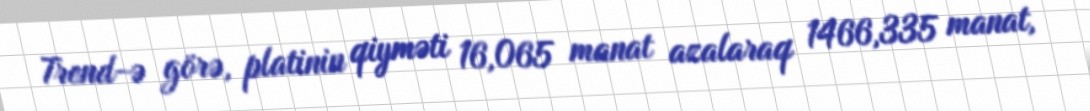
Trend-ə görə, platinin qiyməti 16,065 manat azalaraq 1466,335 manat,